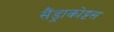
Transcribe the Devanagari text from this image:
सैंड्राकोट्टस